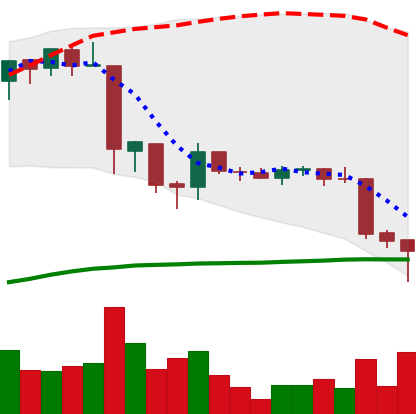
Ticker: EOS-USD
Chart end date: 2018-06-24
Forward return: -4.444%
Label: down_3_5